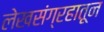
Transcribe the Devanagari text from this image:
लेखसंग्रहातून